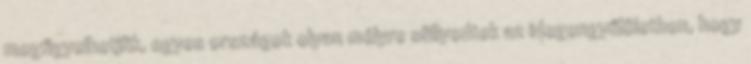
megfigyelhetjük, egyes országok olyan mélyre süllyedtek az idegengyűlöletben, hogy